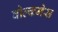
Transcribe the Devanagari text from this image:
वोल्कनेस